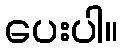
ပေးပါ။